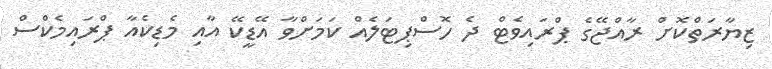
ޒިޔާރަތްކޮށް ރާއްޖޭގެ ޕްރައިވެޓް ދެ ހޮސްޕިޓަލެއް ކަމަށްވާ އޭޑީކޭ އާއި މެޑިކެއާ ޕްރައިމެކްސް